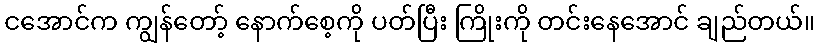
ငအောင်က ကျွန်တော့် နောက်စေ့ကို ပတ်ပြီး ကြိုးကို တင်းနေအောင် ချည်တယ်။